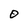
Character: O